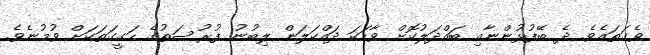
ވެގަތައެވެ. ދެ ބޭފުޅުންނާއި ބައްދަލުކޮށް ވާހަކަ ދައްކަލަން ލިބުނު ފުރުސަތުގެ ހަގީގަތަކަށް ވުމުނެވެ.